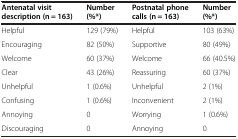
<table><thead><tr><td><b>Antenatal visit description (n = 163)</b></td><td><b>Number (%*)</b></td><td><b>Postnatal phone calls (n = 163)</b></td><td><b>Number (%*)</b></td></tr></thead><tbody><tr><td>Helpful</td><td>129 (79%)</td><td>Helpful</td><td>103 (63%)</td></tr><tr><td>Encouraging</td><td>82 (50%)</td><td>Supportive</td><td>80 (49%)</td></tr><tr><td>Welcome</td><td>60 (37%)</td><td>Welcome</td><td>66 (40.5%)</td></tr><tr><td>Clear</td><td>43 (26%)</td><td>Reassuring</td><td>60 (37%)</td></tr><tr><td>Unhelpful</td><td>1 (0.6%)</td><td>Unhelpful</td><td>2 (1%)</td></tr><tr><td>Confusing</td><td>1 (0.6%)</td><td>Inconvenient</td><td>2 (1%)</td></tr><tr><td>Annoying</td><td>0</td><td>Worrying</td><td>1 (0.6%)</td></tr><tr><td>Discouraging</td><td>0</td><td>Annoying</td><td>0</td></tr></tbody></table>